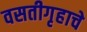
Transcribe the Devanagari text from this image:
वसतीगृहाचे